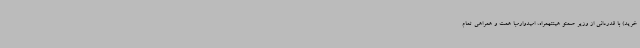
خرید) با قدردانی از وزیر صمتو هیئتهمراه، امیدوارمبا همت و همراهی تمام